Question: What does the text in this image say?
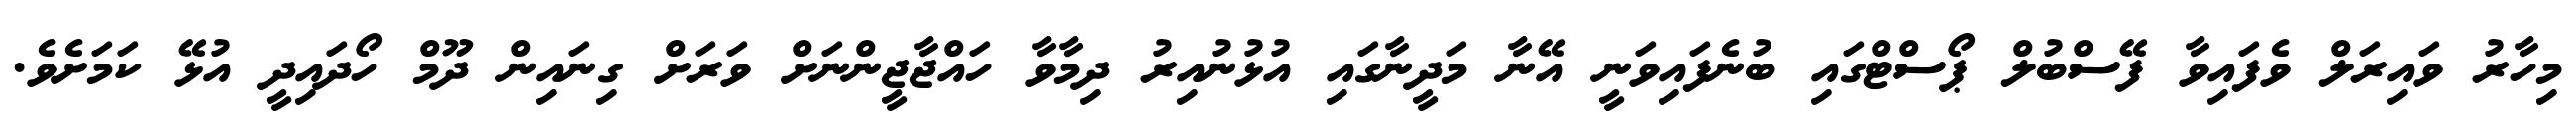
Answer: މިހާރު ވައިރަލް ވެފައިވާ ފޭސްބުލް ޕޯސްޓްގައި ބުނެފައިވަނީ އޭނާ މަދީނާގައި އުޅުނުއިރު ދިމާވާ ހައްޖާޖީންނަށް ވަރަށް ގިނައިން ދޫމް ހޯދައިދީ އުޅޭ ކަމަށެވެ.